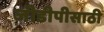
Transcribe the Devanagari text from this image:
जीडीपीसाठी